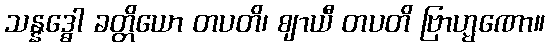
သန္နဒ္ဓေါ ခတ္တိယော တပတိ၊ ဈာယီ တပတိ ဗြာဟ္မဏော။